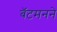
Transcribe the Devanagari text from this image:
बॅटमनने